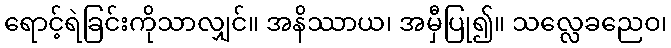
ရောင့်ရဲခြင်းကိုသာလျှင်။ အနိဿာယ၊ အမှီပြု၍။ သလ္လေခညေဝ၊